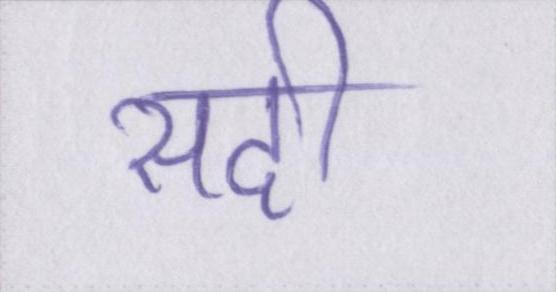
सदी